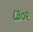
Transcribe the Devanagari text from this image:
८३०९